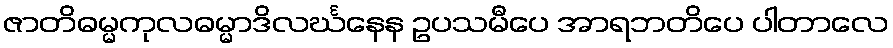
ဇာတိဓမ္မကုလဓမ္မာဒိလင်္ဃနေန ဥပသမီပေ အာရဘတိပေ ပါတာလေ